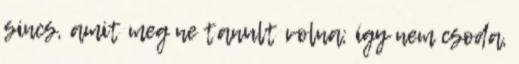
sincs, amit meg ne tanult volna; így nem csoda,